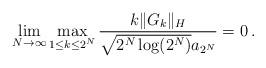
LaTeX: \begin{align*}\lim_{N \rightarrow \infty} \max_{1 \leq k \leq 2^N} \frac{k\|G_k\|_H}{ \sqrt{2^{N}\log(2^N)}a_{2^N}} =0 \, .\end{align*}